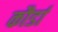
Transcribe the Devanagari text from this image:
कौर्डा